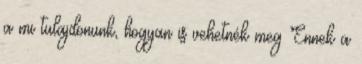
a mi tulajdonunk, hogyan is vehetnék meg Ennek a